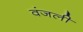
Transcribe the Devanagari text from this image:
वंजली